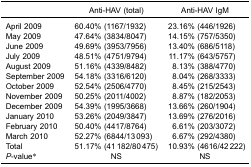
|  | Anti-HAV (total) | Anti-HAV IgM |
 | --- | --- | --- |
 | April 2009 | 60.40% (1167/1932) | 23.16% (446/1926) |
 | May 2009 | 47.64% (3834/8047) | 14.15% (757/5350) |
 | June 2009 | 49.69% (3953/7956) | 13.40% (686/5118) |
 | July 2009 | 48.51% (4751/9794) | 11.17% (643/5757) |
 | August 2009 | 51.16% (4339/8482) | 8.13% (388/4770) |
 | September 2009 | 54.18% (3316/6120) | 8.04% (268/3333) |
 | October 2009 | 52.54% (2506/4770) | 8.45% (215/2543) |
 | November 2009 | 50.25% (2011/4002) | 8.87% (182/2053) |
 | December 2009 | 54.39% (1995/3668) | 13.66% (260/1904) |
 | January 2010 | 53.26% (2049/3847) | 13.69% (276/2016) |
 | February 2010 | 50.40% (4417/8764) | 6.61% (203/3072) |
 | March 2010 | 52.27% (6844/13 093) | 6.67% (292/4380) |
 | Total | 51.17% (41 182/80 475) | 10.93% (4616/42 222) |
 | P-value* | NS | NS |